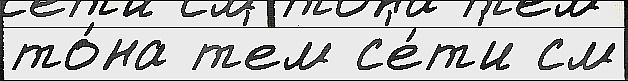
то́на т'ем с'е́т'и см